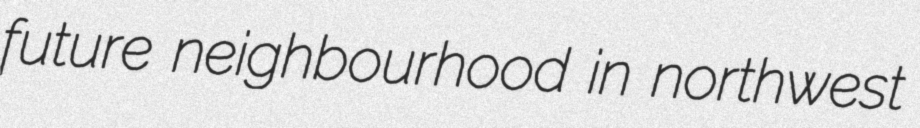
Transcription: future neighbourhood in northwest